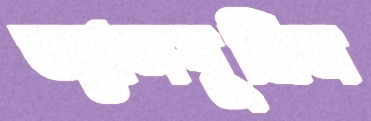
অ্যালবুমিন